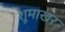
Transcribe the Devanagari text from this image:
शूमाखर